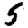
Digit: 5